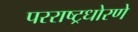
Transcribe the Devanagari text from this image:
परराष्ट्रधोरणे